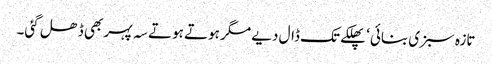
تازہ سبزی بنائی‘ پھلکے تک ڈال دیے مگر ہوتے ہوتے سہ پہر بھی ڈھل گئی۔